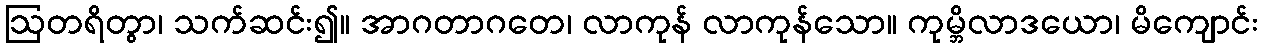
ဩတရိတွာ၊ သက်ဆင်း၍။ အာဂတာဂတေ၊ လာကုန် လာကုန်သော။ ကုမ္ဘိလာဒယော၊ မိကျောင်း